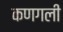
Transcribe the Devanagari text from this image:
कणगली